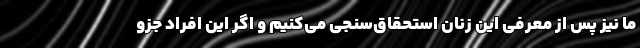
ما نیز پس از معرفی این زنان استحقاق‌سنجی می‌کنیم و اگر این افراد جزو